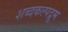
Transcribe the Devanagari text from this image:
शब्दकल्पद्रूम